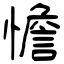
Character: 憺